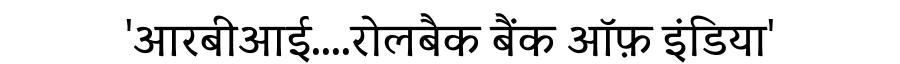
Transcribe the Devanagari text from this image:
'आरबीआई....रोलबैक बैंक ऑफ़ इंडिया'